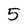
Character: 5